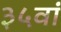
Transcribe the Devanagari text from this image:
३५वां